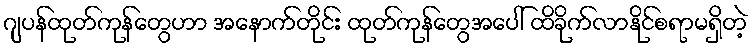
ဂျပန်ထုတ်ကုန်တွေဟာ အနောက်တိုင်း ထုတ်ကုန်တွေအပေါ် ထိခိုက်လာနိုင်စရာမရှိတဲ့